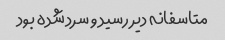
متاسفانه دیر رسید و سرد شده بود